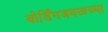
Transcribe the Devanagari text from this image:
बोर्डिंगजवळच्या